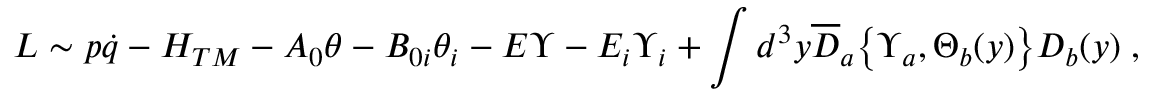
{ \cal L } \sim p \dot { q } - { \cal H } _ { T M } - A _ { 0 } \theta - B _ { 0 i } \theta _ { i } - E \Upsilon - E _ { i } \Upsilon _ { i } + \int d ^ { 3 } y { \overline { { D } } } _ { a } \bigl \{ \Upsilon _ { a } , \Theta _ { b } ( y ) \bigl \} D _ { b } ( y ) \; ,